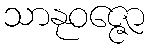
သာနုဝဇ္ဇော